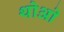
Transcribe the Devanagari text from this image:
थोआे